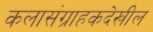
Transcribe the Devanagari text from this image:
कलासंग्राहकदेखील